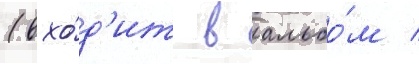
(вхо́д'ит в альбо́м